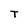
Character: T